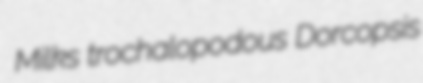
Milks trochalopodous Dorcopsis